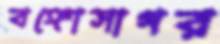
বঙ্গোসাগর